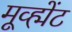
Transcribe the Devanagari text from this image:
मूव्ह्मेंट